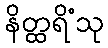
နိတ္ထရိံသု